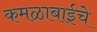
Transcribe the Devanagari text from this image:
कमळाबाईचे